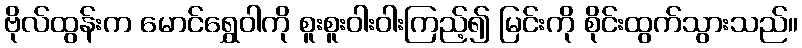
ဗိုလ်ထွန်းက မောင်ရွှေဝါကို စူးစူးဝါးဝါးကြည့်၍ မြင်းကို စိုင်းထွက်သွားသည်။